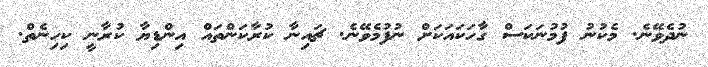
ނުދެވޭނެ. މެކުނު ފުމުނަކަސް ގާހަކައަކަށް ނުފުމެވޭނެ. ޗައިނާ ކުރާކަންތައް އިންޑިޔާ ކުރާނީ ކިހިނެތް.